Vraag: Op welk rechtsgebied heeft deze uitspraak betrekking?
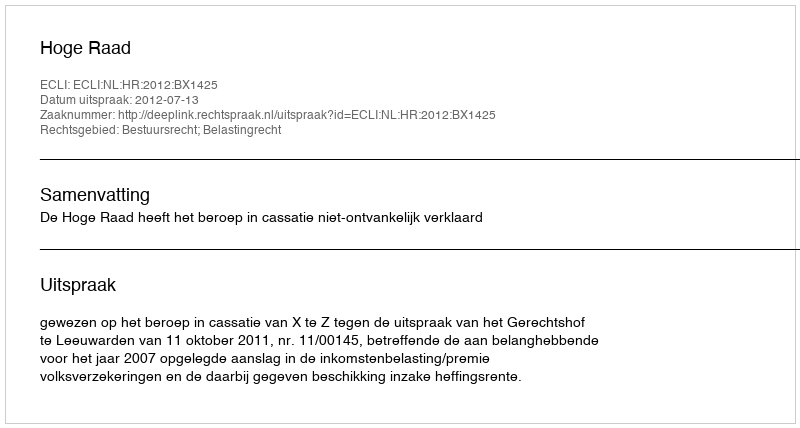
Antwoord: Bestuursrecht; Belastingrecht